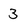
Character: 3